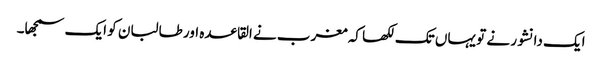
ایک دانشور نے تو یہاں تک لکھا کہ مغرب نے القاعدہ اور طالبان کو ایک سمجھا۔